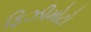
ફિઝીમોટો